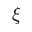
\xi